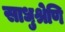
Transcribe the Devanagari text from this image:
साधुश्रेणि